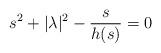
LaTeX: \begin{align*} s^2+|\lambda|^2-\frac{s}{h(s)}=0\end{align*}